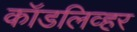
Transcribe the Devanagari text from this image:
कॉडलिव्हर